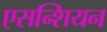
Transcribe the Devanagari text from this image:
एसन्शियन